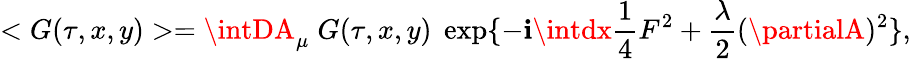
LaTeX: <G(\tau,x,y)>=\intDA_{\mu}\; G(\tau,x,y)\; \exp\{ -\mathbf{i}\intdx\frac{{1}}{{4}}F^{2}+\frac{{\lambda}}{{2}}(\partialA)^{2}\} ,